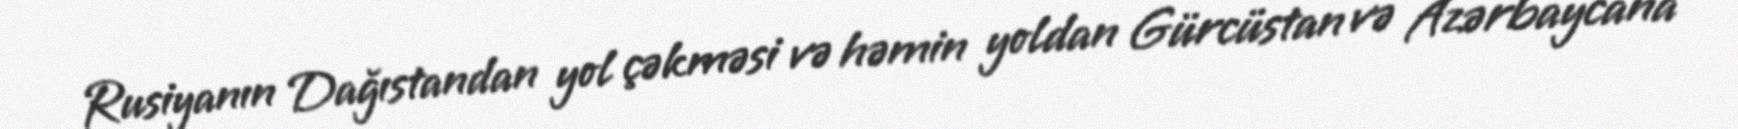
Rusiyanın Dağıstandan yol çəkməsi və həmin yoldan Gürcüstan və Azərbaycana